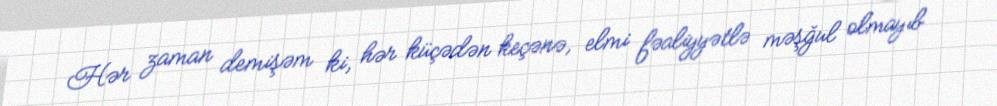
Hər zaman demişəm ki, hər küçədən keçənə, elmi fəaliyyətlə məşğul olmayıb